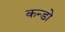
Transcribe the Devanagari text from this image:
कन्डो